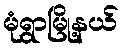
မုံရွာမြို့နယ်